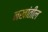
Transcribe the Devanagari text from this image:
नखांतील